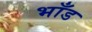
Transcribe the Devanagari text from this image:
भाँड